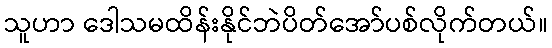
သူဟာ ဒေါသမထိန်းနိုင်ဘဲပိတ်အော်ပစ်လိုက်တယ်။